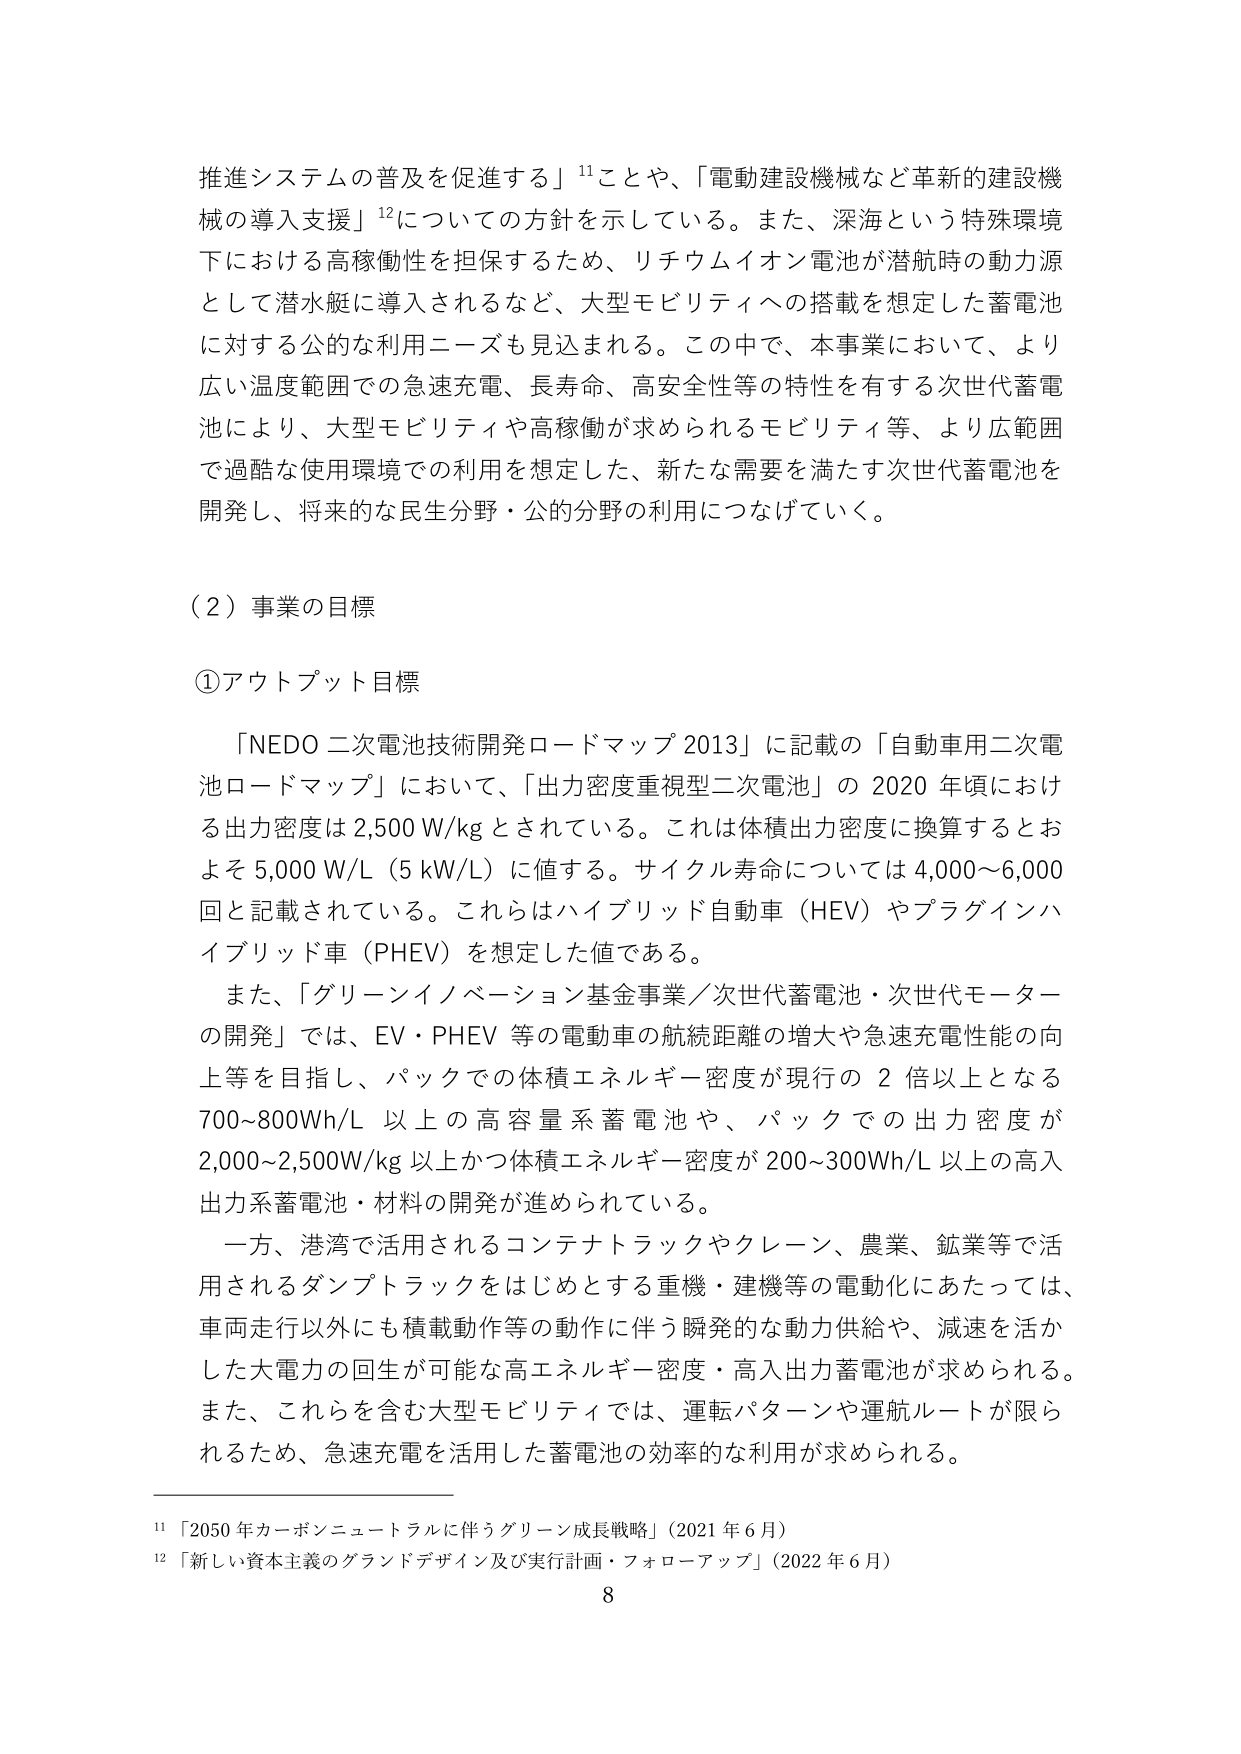
推進システムの普及を促進する」¹¹ことや、「電動建設機械など革新的建設機械の導入支援」¹²についての方針を示している。また、深海という特殊環境下における高稼働性を担保するため、リチウムイオン電池が潜航時の動力源として潜水艇に導入されるなど、大型モビリティへの搭載を想定した蓄電池に対する公的な利用ニーズも見込まれる。この中で、本事業において、より広い温度範囲での急速充電、長寿命、高安全性等の特性を有する次世代蓄電池により、大型モビリティや高稼働が求められるモビリティ等、より広範囲で過酷な使用環境での利用を想定した、新たな需要を満たす次世代蓄電池を開発し、将来的な民生分野・公的分野の利用につなげていく。

（２）事業の目標

①アウトプット目標

「NEDO 二次電池技術開発ロードマップ 2013」に記載の「自動車用二次電池ロードマップ」において、「出力密度重視型二次電池」の 2020 年頃における出力密度は 2,500 W/kg とされている。これは体積出力密度に換算するとおよそ 5,000 W/L（5 kW/L）に値する。サイクル寿命については 4,000～6,000 回と記載されている。これらはハイブリッド自動車（HEV）やプラグインハイブリッド車（PHEV）を想定した値である。

また、「グリーンイノベーション基金事業／次世代蓄電池・次世代モーターの開発」では、EV・PHEV 等の電動車の航続距離の増大や急速充電性能の向上等を目指し、パックでの体積エネルギー密度が現行の 2 倍以上となる 700～800Wh/L 以上の高容量系蓄電池や、パックでの出力密度が 2,000～2,500W/kg 以上かつ体積エネルギー密度が 200～300Wh/L 以上の高入出力系蓄電池・材料の開発が進められている。

一方、港湾で活用されるコンテナトラックやクレーン、農業、鉱業等で活用されるダンプトラックをはじめとする重機・建機等の電動化にあたっては、車両走行以外にも積載動作等の動作に伴う瞬発的な動力供給や、減速を活かした大電力の回生が可能な高エネルギー密度・高入出力蓄電池が求められる。また、これらを含む大型モビリティでは、運転パターンや運航ルートが限られるため、急速充電を活用した蓄電池の効率的な利用が求められる。

¹¹「2050 年カーボンニュートラルに伴うグリーン成長戦略」（2021 年 6 月）
¹²「新しい資本主義のグランドデザイン及び実行計画・フォローアップ」（2022 年 6 月）
8